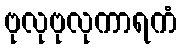
ဗုလုဗုလုကာရကံ